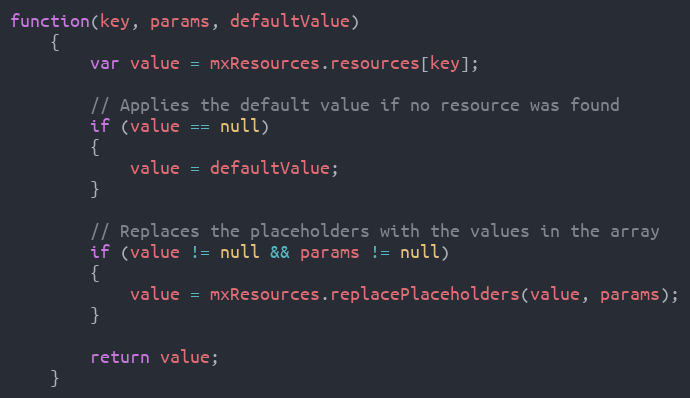
Language: JavaScript
function(key, params, defaultValue)
	{
		var value = mxResources.resources[key];

		// Applies the default value if no resource was found
		if (value == null)
		{
			value = defaultValue;
		}

		// Replaces the placeholders with the values in the array
		if (value != null && params != null)
		{
			value = mxResources.replacePlaceholders(value, params);
		}

		return value;
	}